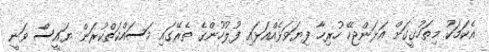
އެކަމަކު މިތަހުގީގަށް އަޅަންޖެހޭ ހުރިހާ ފިޔަވަޅެއްއަޅައި ފުލުހުންގެ ތެރޭގައި މަސައްކަތްކުރަން ޔައީސް ވަނީ